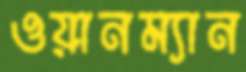
ওয়ানম্যান